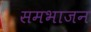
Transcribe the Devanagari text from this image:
समभाजन